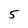
Character: 5